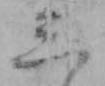
三